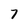
Character: 7